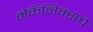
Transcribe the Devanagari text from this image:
मेकॅनिक्सचे